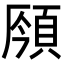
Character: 𩒣